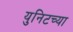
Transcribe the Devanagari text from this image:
युनिटच्या